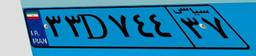
۳۳D۷۴۴۳۷